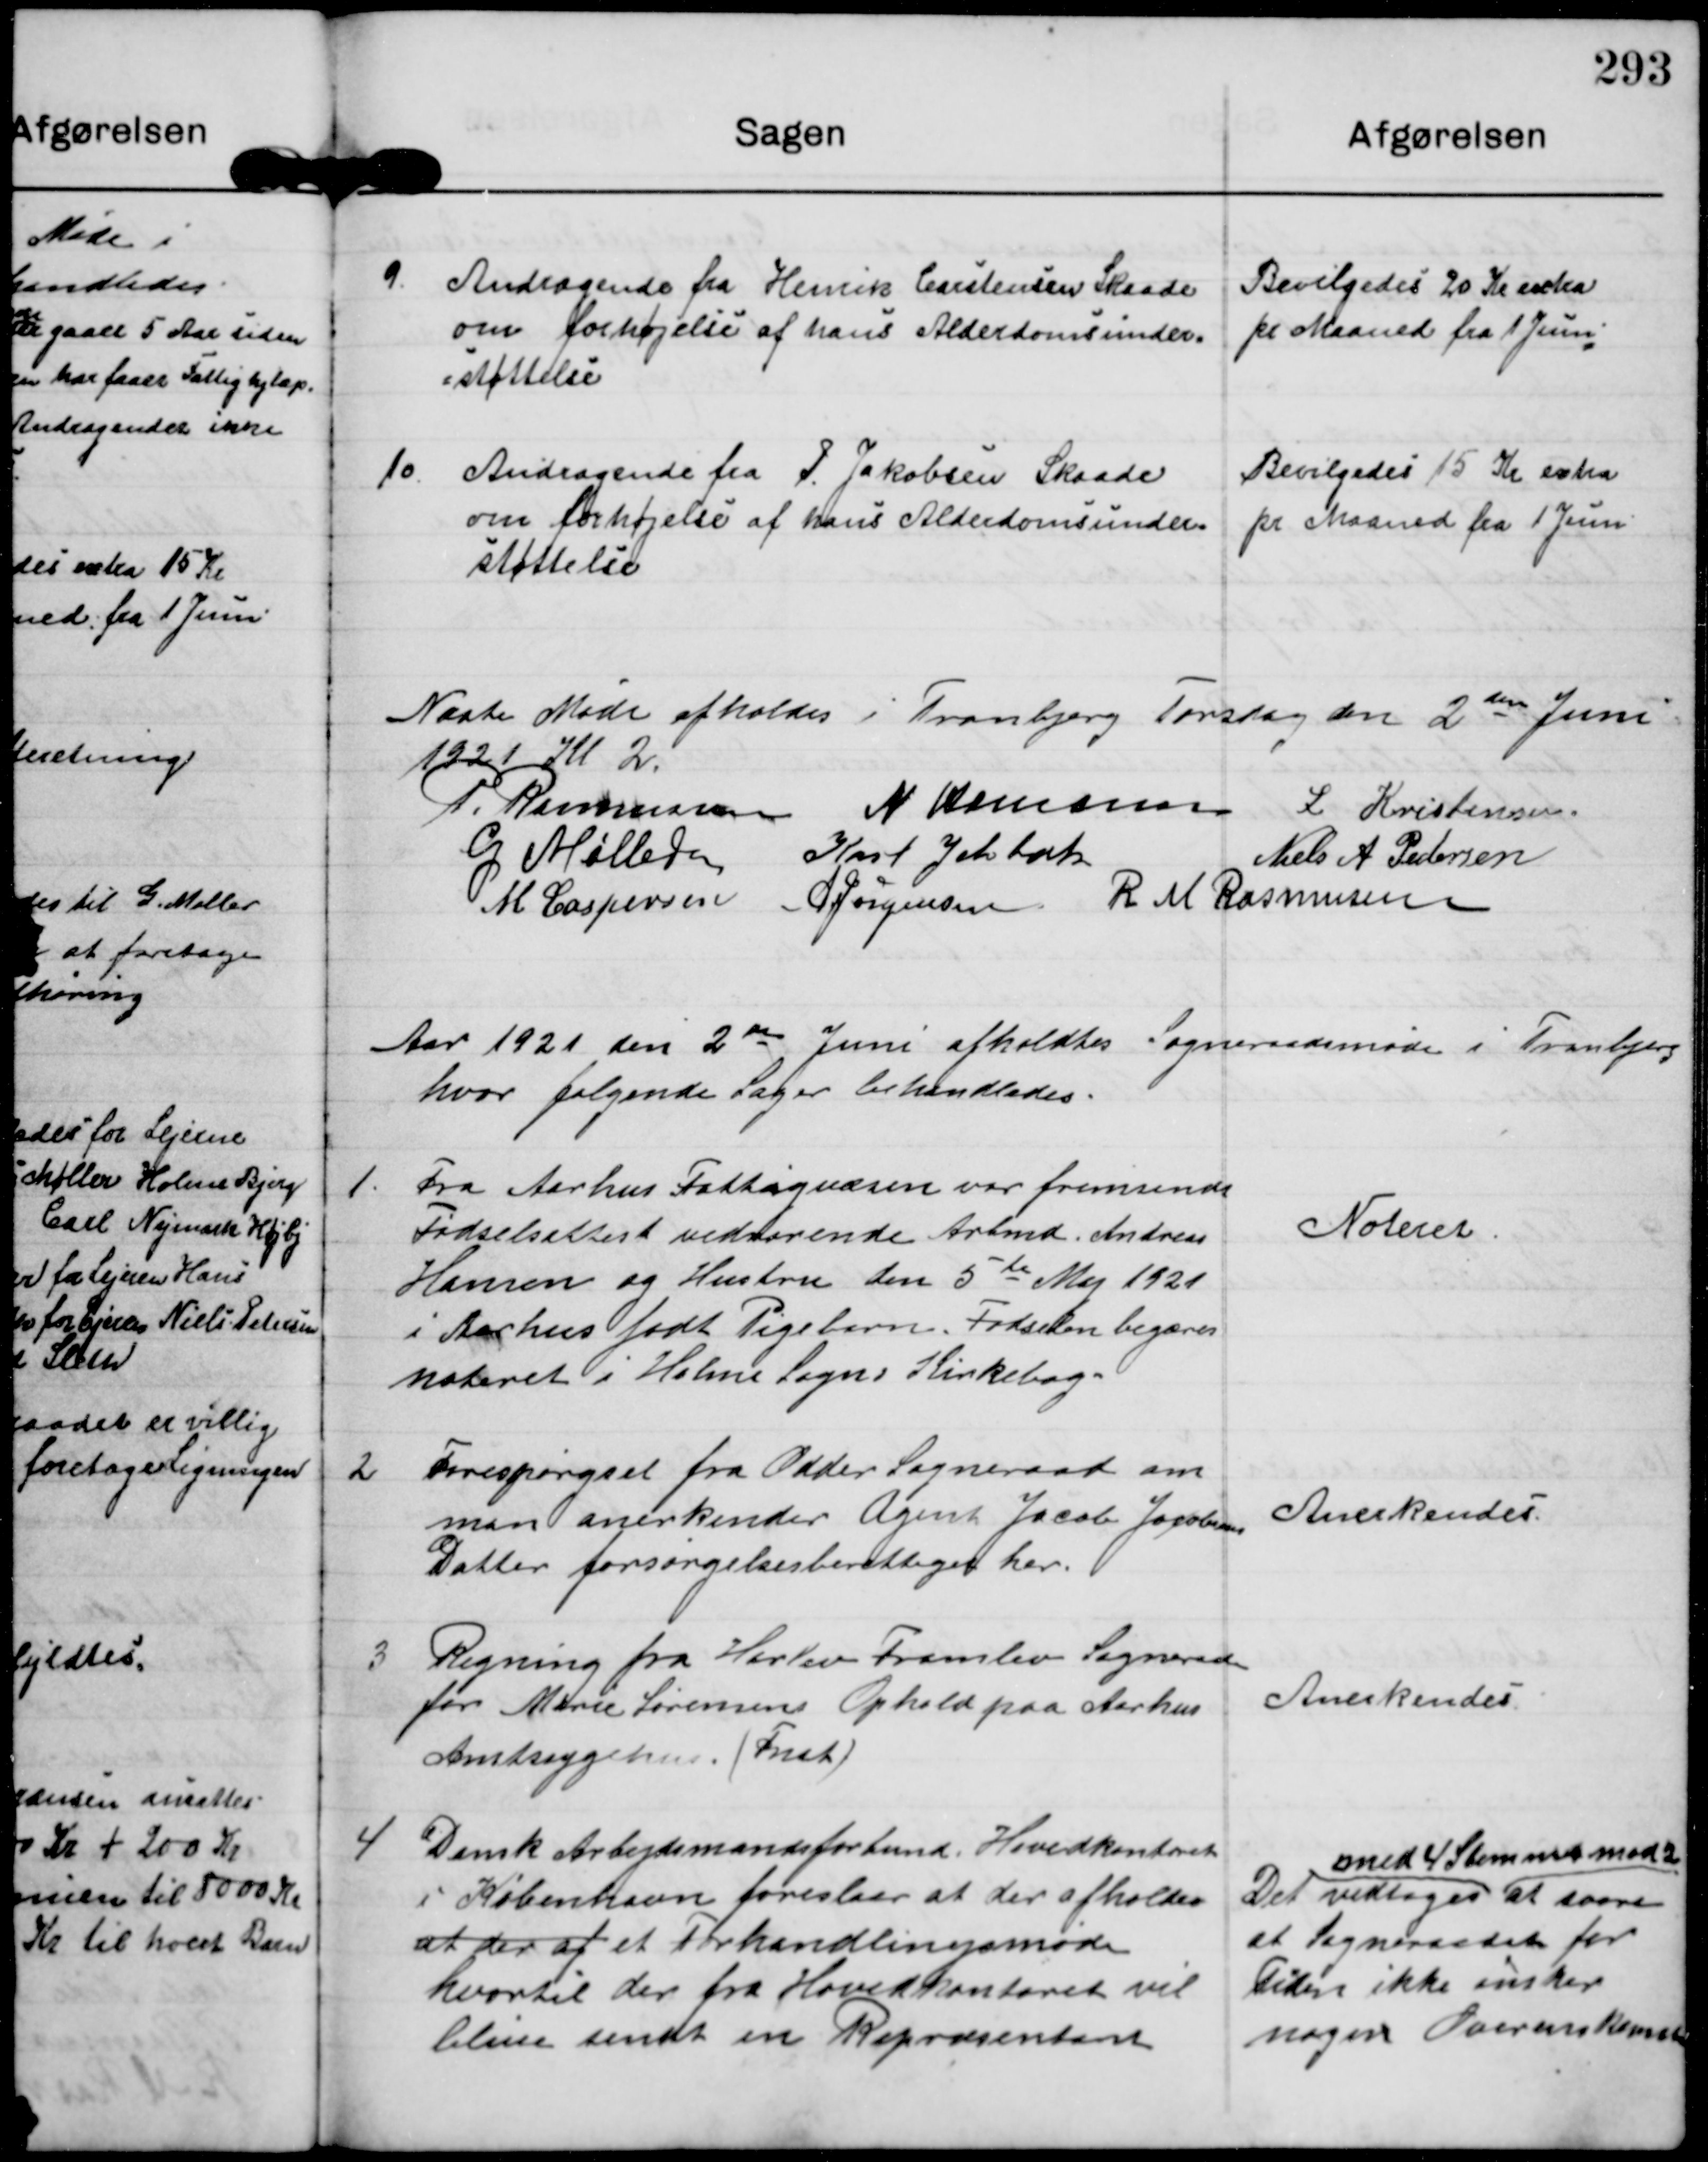
Transskription:
9

Andragende fra Henrik Carstensen Skaade
om forhøjelse af hans Alderdomsunder-
støttelse

Bevilgedes 20 Kr extra
pr Maaned fra 1 Juni

10

Andragende fra P Jakobsen Skaade
om forhøjelse af hans Alderdomsunder-
støttelse

Bevilgedes 15 Kr extra
pr Maaned fra 1 Juni

Næste Møde afholdes i Tranbjerg Torsdag den 2den Juni
1921 Kl 2

P. Rasmussen N Hamann L Kristensen
G Møller Karl Jelsbak
Niels A Pedersen
M Caspersen A Jørgensen R M Rasmussen

Aar 1921 den 2den Juni afholdtes Sogneradsmøde i Tranbjerg
hvor følgende Sager behandledes.

1

Fra Aarhus Fattigvæsen var fremsendt
Fødselsattest vedrørende Arbmd Andreas
Hansen og Hustru den 5te Maj 1921
i Aarhus født Pigebarn. Fødselen begæres
noteret i Holme Sogns Kirkebog

Noteres

2

Forespørgsel fra Odder Sogneraad om
man anerkender Agent Jacob Jacobsens
Datter forsørgelsesberettiget her.

Anerkendes

3

Regning fra Harlev Framlev Sogneraad
for Marie Sørensens Ophold paa Aarhus
Amtssygehus (Fnat)

Anerkendes.

4

Dansk Arbejdsmandsforbund. Hovedkontoret
i København foreslaar at der afholdes
at der af et Forhandlingsmøde
hvortil der fra Hovedkontoret vil
blive sendt en Repræsentant

Det vedtoges
med 4 Stemmer mod 2
at svare
at Sogneraadet for
Tiden ikke ønsker
nogen Overenskomst